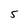
Character: s